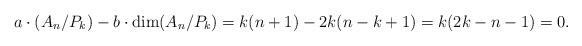
LaTeX: \begin{align*}a\cdot (A_{n}/P_{k}) - b\cdot \dim(A_n/P_k) = k(n+1) - 2k(n-k+1) = k(2k-n-1) =0.\end{align*}